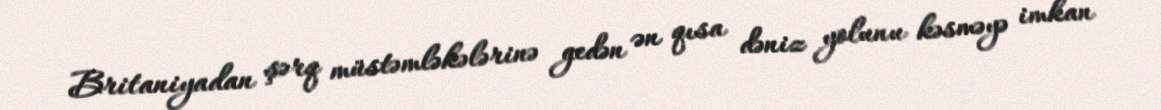
Britaniyadan şərq müstəmləkələrinə gedən ən qısa dəniz yolunu kəsməyə imkan